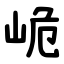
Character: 峗